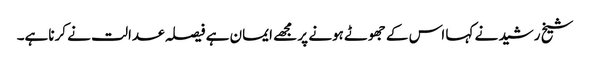
شیخ رشید نے کہا اس کے جھوٹے ہونے پر مجھے ایمان ہے فیصلہ عدالت نے کرناہے۔